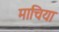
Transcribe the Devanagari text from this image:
माचिया